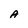
Character: A